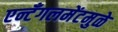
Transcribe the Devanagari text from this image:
एन्टँगलमेंटमुळे